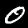
Label: 0